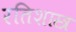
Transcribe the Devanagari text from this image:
रतिशास्त्र